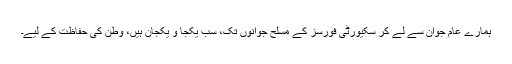
ہمارے عام جوان سے لے کر سکیورٹی فورسز کے مسلح جوانوں تک، سب یکجا و یکجان ہیں، وطن کی حفاظت کے لیے۔